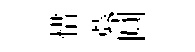
惜蓐圓